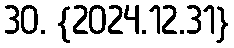
30. {2024.12.31}